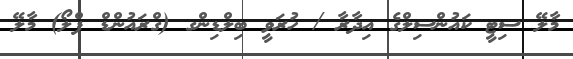
މާލޭ ސިޓީ ކައުންސިލްގެ އިދާރާ / ހުރަވީ ބިލްޑިންގ (ގްރައުންޑް ފްލޯ) މާލޭ